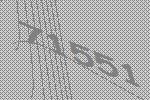
71551